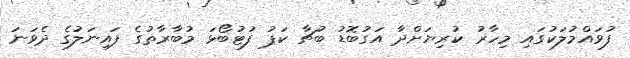
ފުވައްމުލަކުގައި މިހާރު ކުރިޔަށްދާ އަގުބޮޑު ބުޗާ ކަޕު ފުޓުބޯޅަ މުބާރާތުގެ ފައިނަލުގެ ދެވަނަ